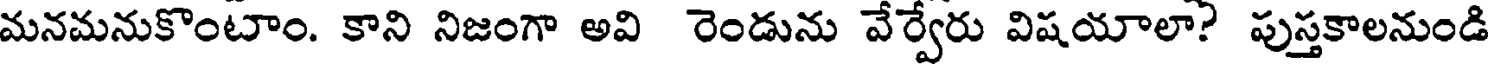
మనమనుకొంటాం. కాని నిజంగా అవి రెండును వేర్వేరు విషయాలా? పుస్తకాలనుండి